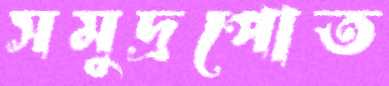
সমুদ্রপোত